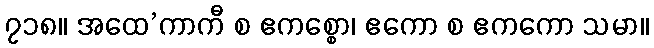
၇၁၈။ အထေ’ကာကီ စ ဧကစ္စော၊ ဧကော စ ဧကကော သမာ။